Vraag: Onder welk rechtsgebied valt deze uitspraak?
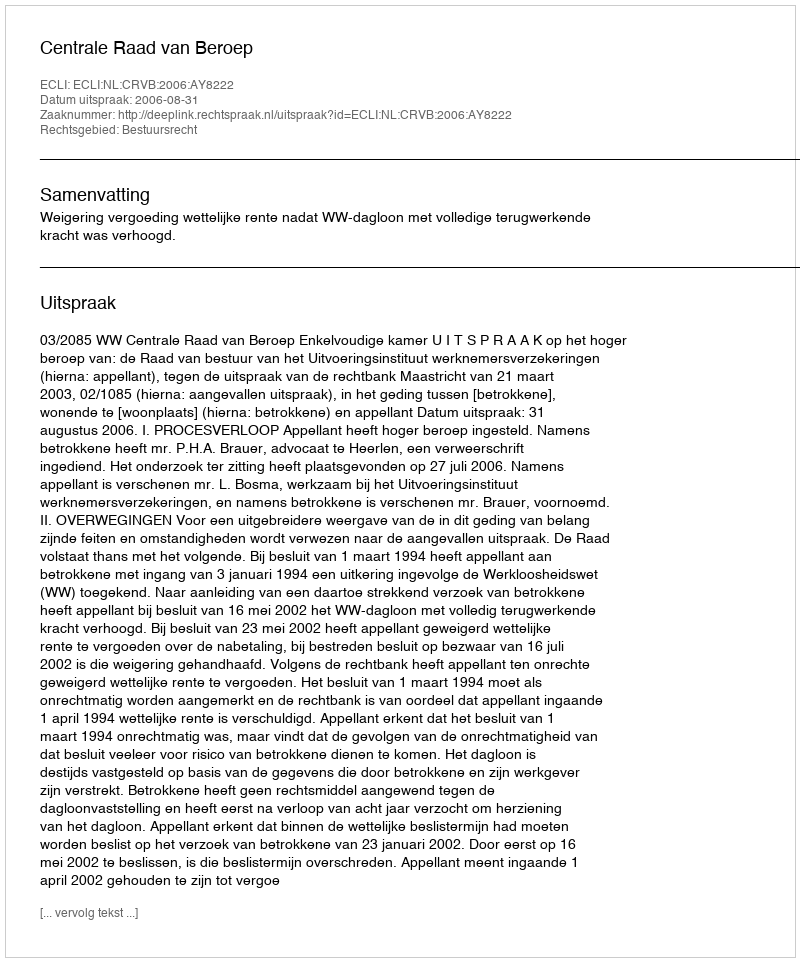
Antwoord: Bestuursrecht